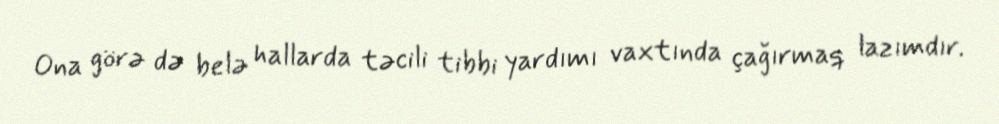
Ona görə də belə hallarda təcili tibbi yardımı vaxtında çağırmaq lazımdır.